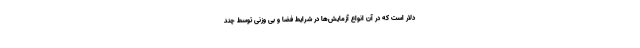
دلار است که در آن انواع آزمایش‌ها در شرایط فضا و بی وزنی توسط چند